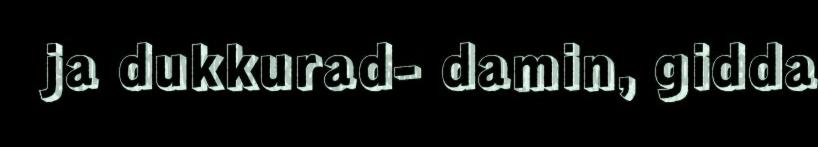
ja dukkurad- damin, gidda